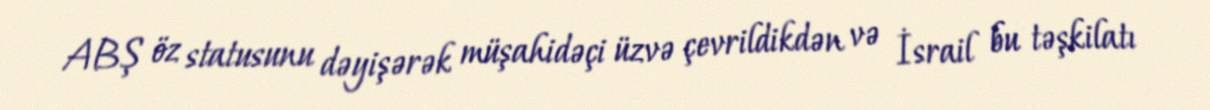
ABŞ öz statusunu dəyişərək müşahidəçi üzvə çevrildikdən və İsrail bu təşkilatı